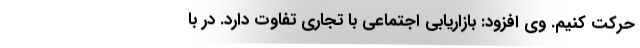
حرکت کنیم. وی افزود: بازاریابی اجتماعی با تجاری تفاوت دارد. در با